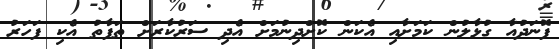
ފޮނަދުއާ ގުޅާލުން ކަމަށާއި އެކަން ކޮށްދިނުމަށް އެދި ސަރުކާރަށް ތަފާތު އެކި ފަހަރު